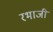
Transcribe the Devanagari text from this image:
रभाजी